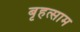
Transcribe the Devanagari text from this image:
बृहत्साम